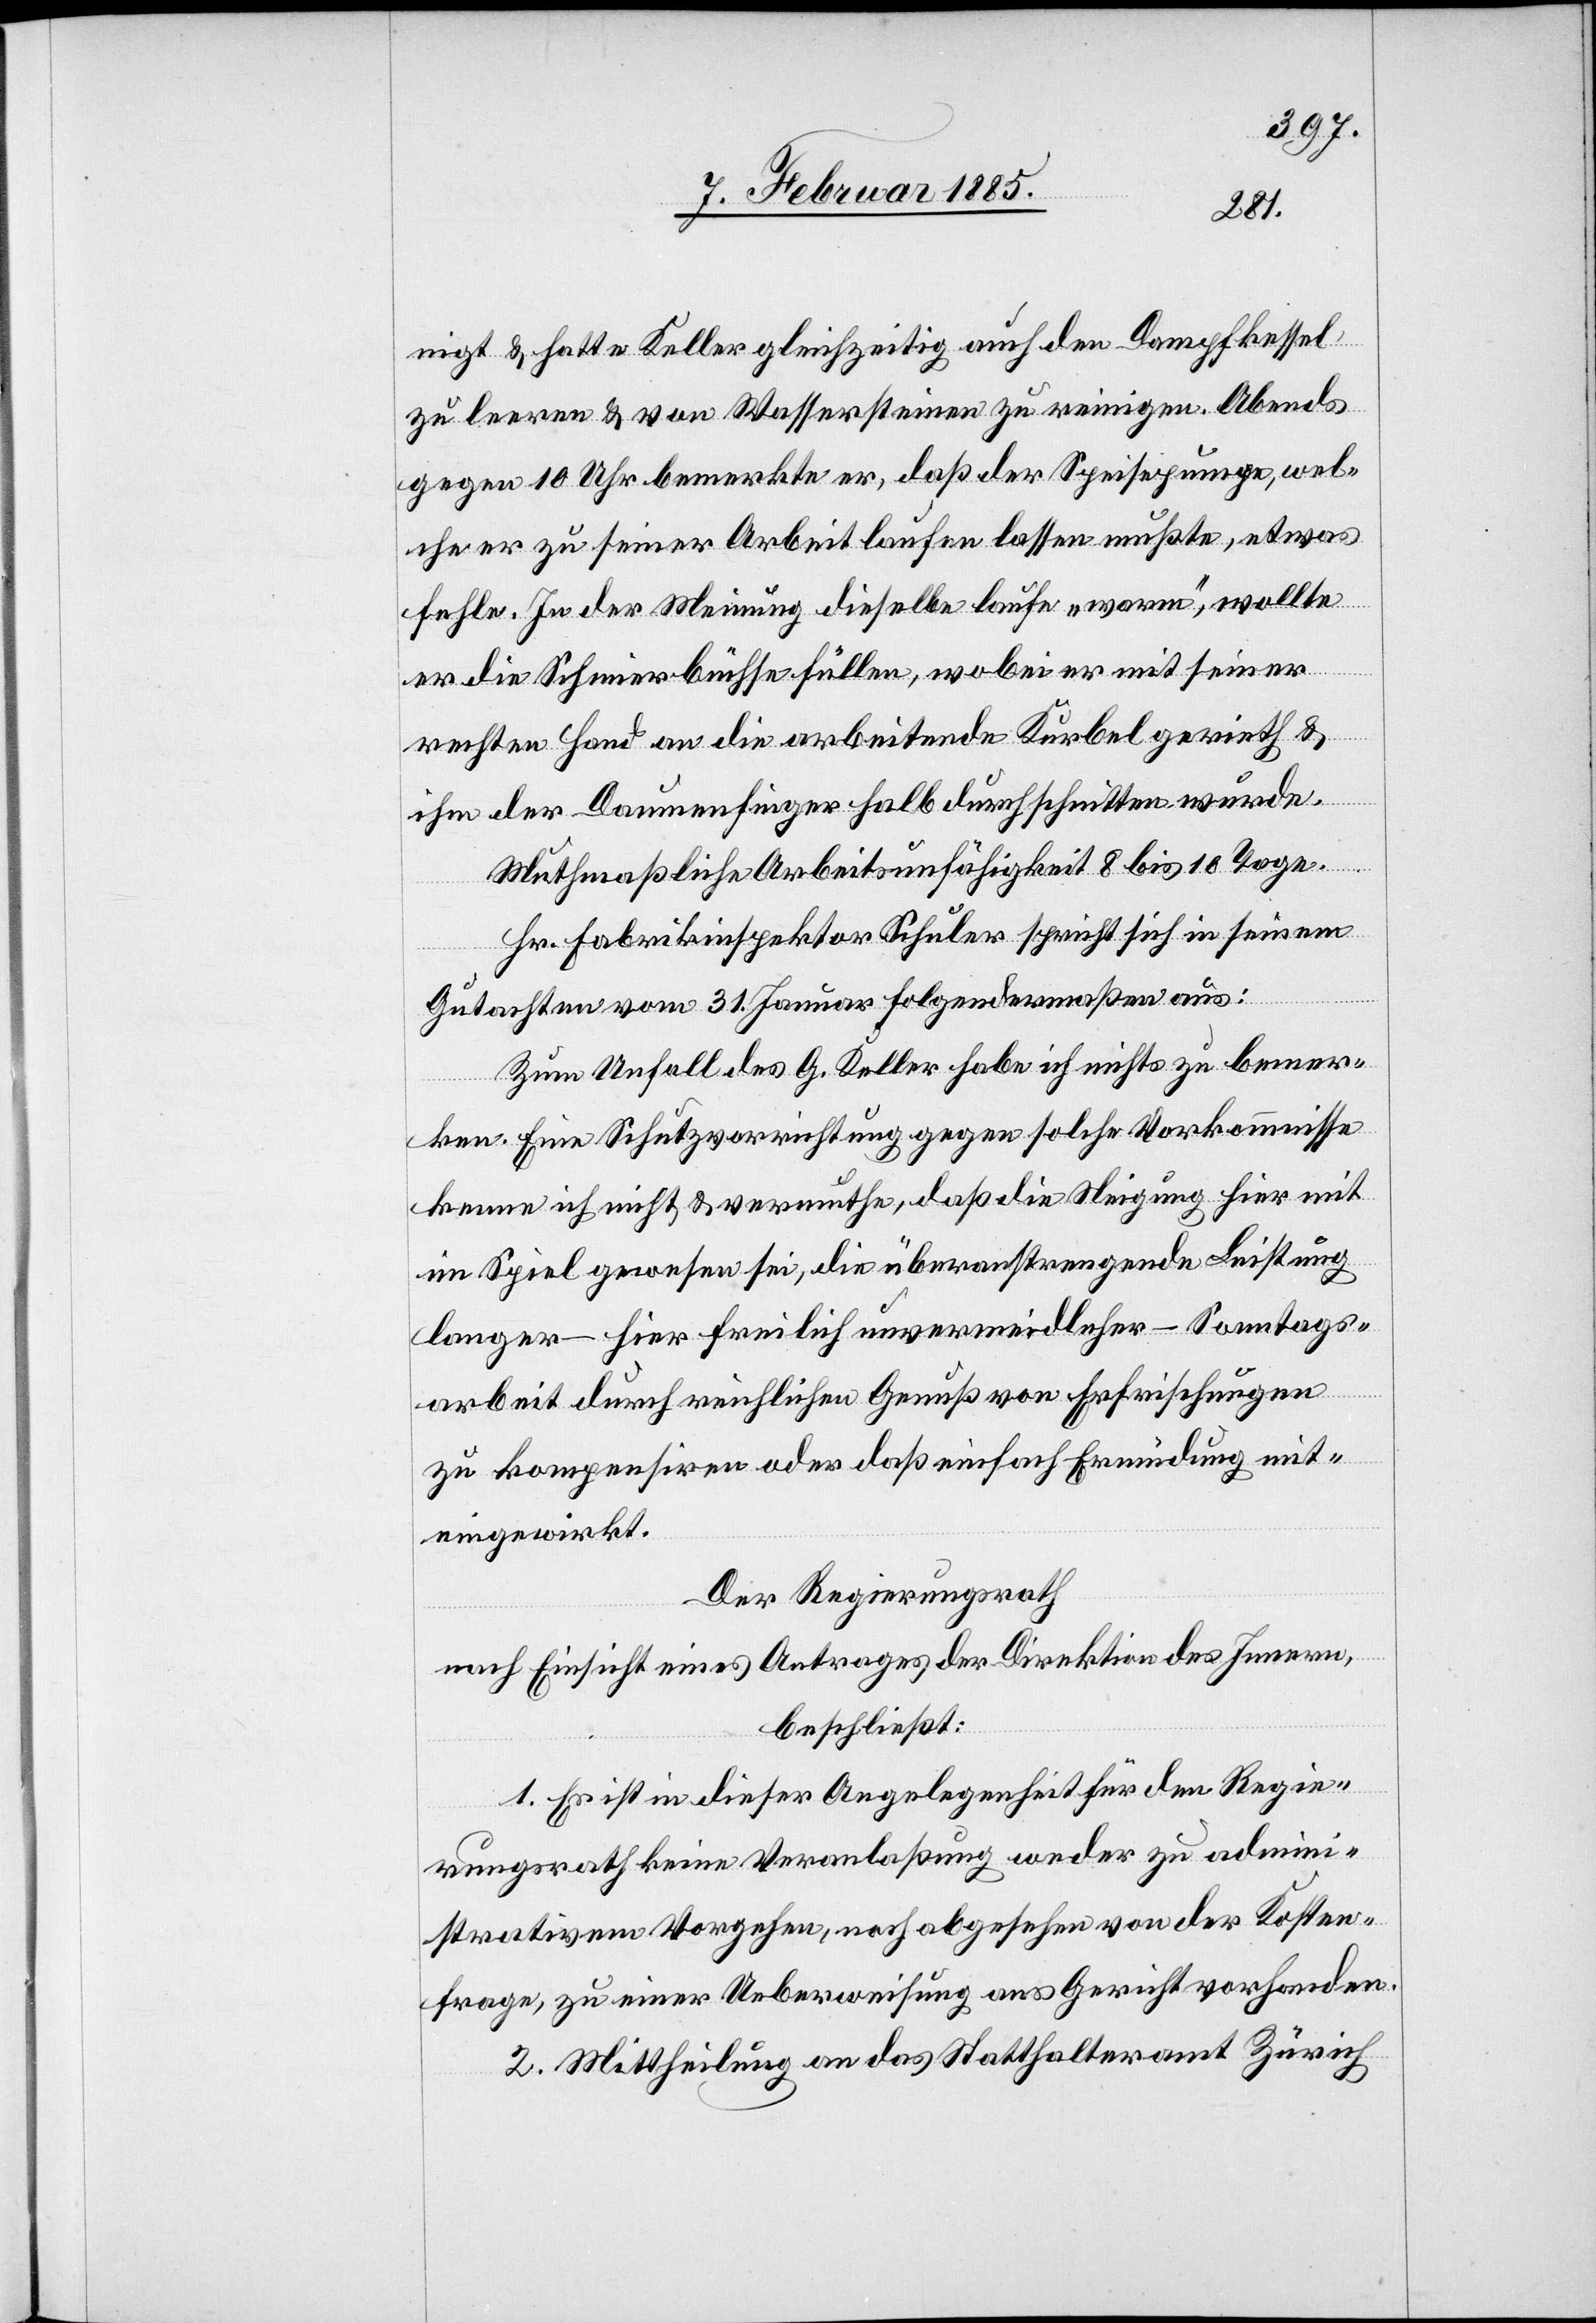
nigt & hatte Keller gleichzeitig auch den Dampfkessel
zu leeren & von Wassersteinen zu reinigen. Abends
gegen 10 Uhr bemerkte er, daß der Speisepumpe, wel¬
che er zu seiner Arbeit laufen lassen mußte, etwas
fehle. In der Meinung dieselbe laufe „warm“, wollte
er die Schmierbüchse füllen, wobei er mit seiner
rechten Hand an die arbeitende Kurbel gerieth &
ihm der Daumenfinger halb durchschnitten wurde.
Muthmaßliche Arbeitsunfähigkeit 8 bis 10 Tage.
Hr. Fabrikinspektor Schuler spricht sich in seinem
Gutachten vom 31. Januar folgendermaßen aus:
Zum Unfall des G. Keller habe ich nichts zu bemer¬
ken. Eine Schutzvorrichtung gegen solche Vorkommnisse
kenne ich nicht & vermuthe, daß die Neigung hier mit
im Spiel gewesen sei, die überanstrengende Leistung
langer – hier freilich unvermeidlicher – Sonntags¬
arbeit durch reichlichen Genuß von Erfrischungen
zu kompensieren oder daß einfach Ermüdung mit¬
eingewirkt.
Der Regierungsrath
nach Einsicht eines Antrages der Direktion des Innern,
beschließt:
1. Es ist in dieser Angelegenheit für den Regie¬
rungsrath keine Veranlaßung weder zu admini¬
strativem Vorgehen, noch abgesehen von der Kosten¬
frage, zu einer Ueberweisung ans Gericht vorhanden.
2. Mittheilung an das Statthalteramt Zürich